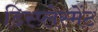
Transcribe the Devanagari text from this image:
डिस्प्लेस्मेंट